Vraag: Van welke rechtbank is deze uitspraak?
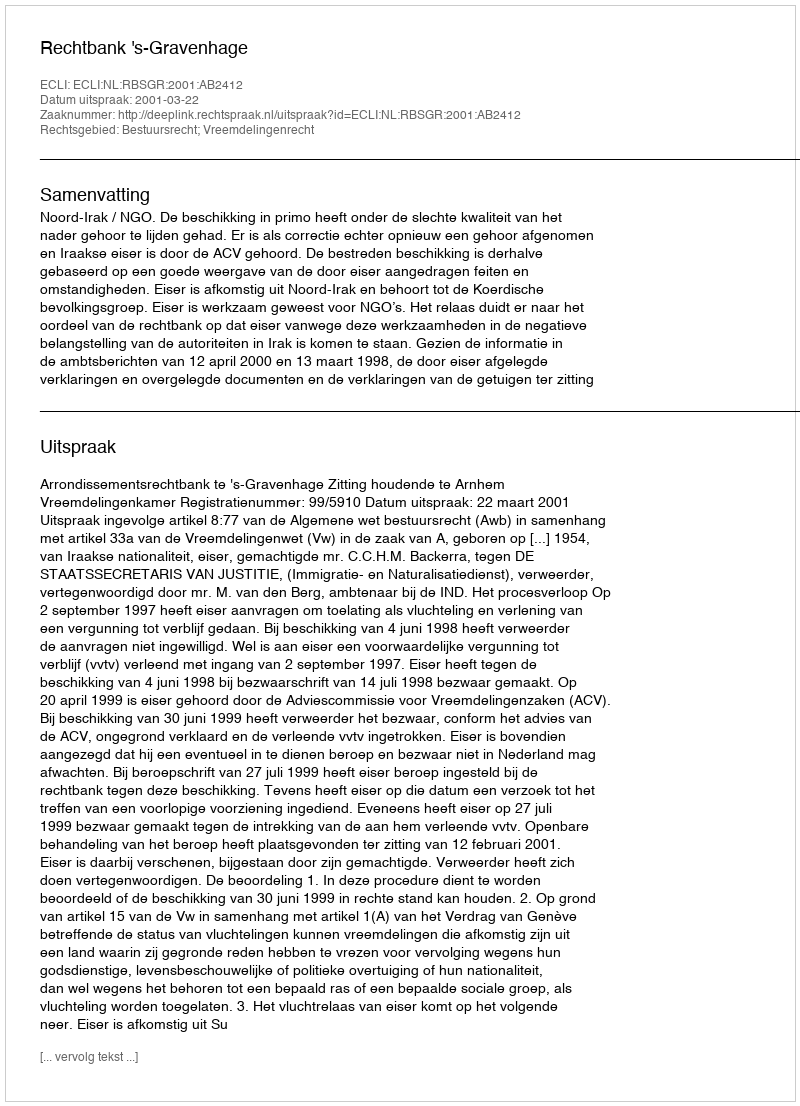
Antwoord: Rechtbank 's-Gravenhage